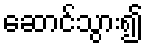
ဆောင်သွား၍